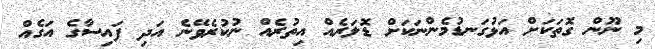
މި ނޫން ގޮތަކަށް އަޅުގަނޑުމެންނަކަށް ޑޮލަރެއް އިތުރެއް ނުކުރެވޭނެ އަދި ފައިސާގެ އަގެއް